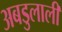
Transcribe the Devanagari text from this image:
अबडुलाली